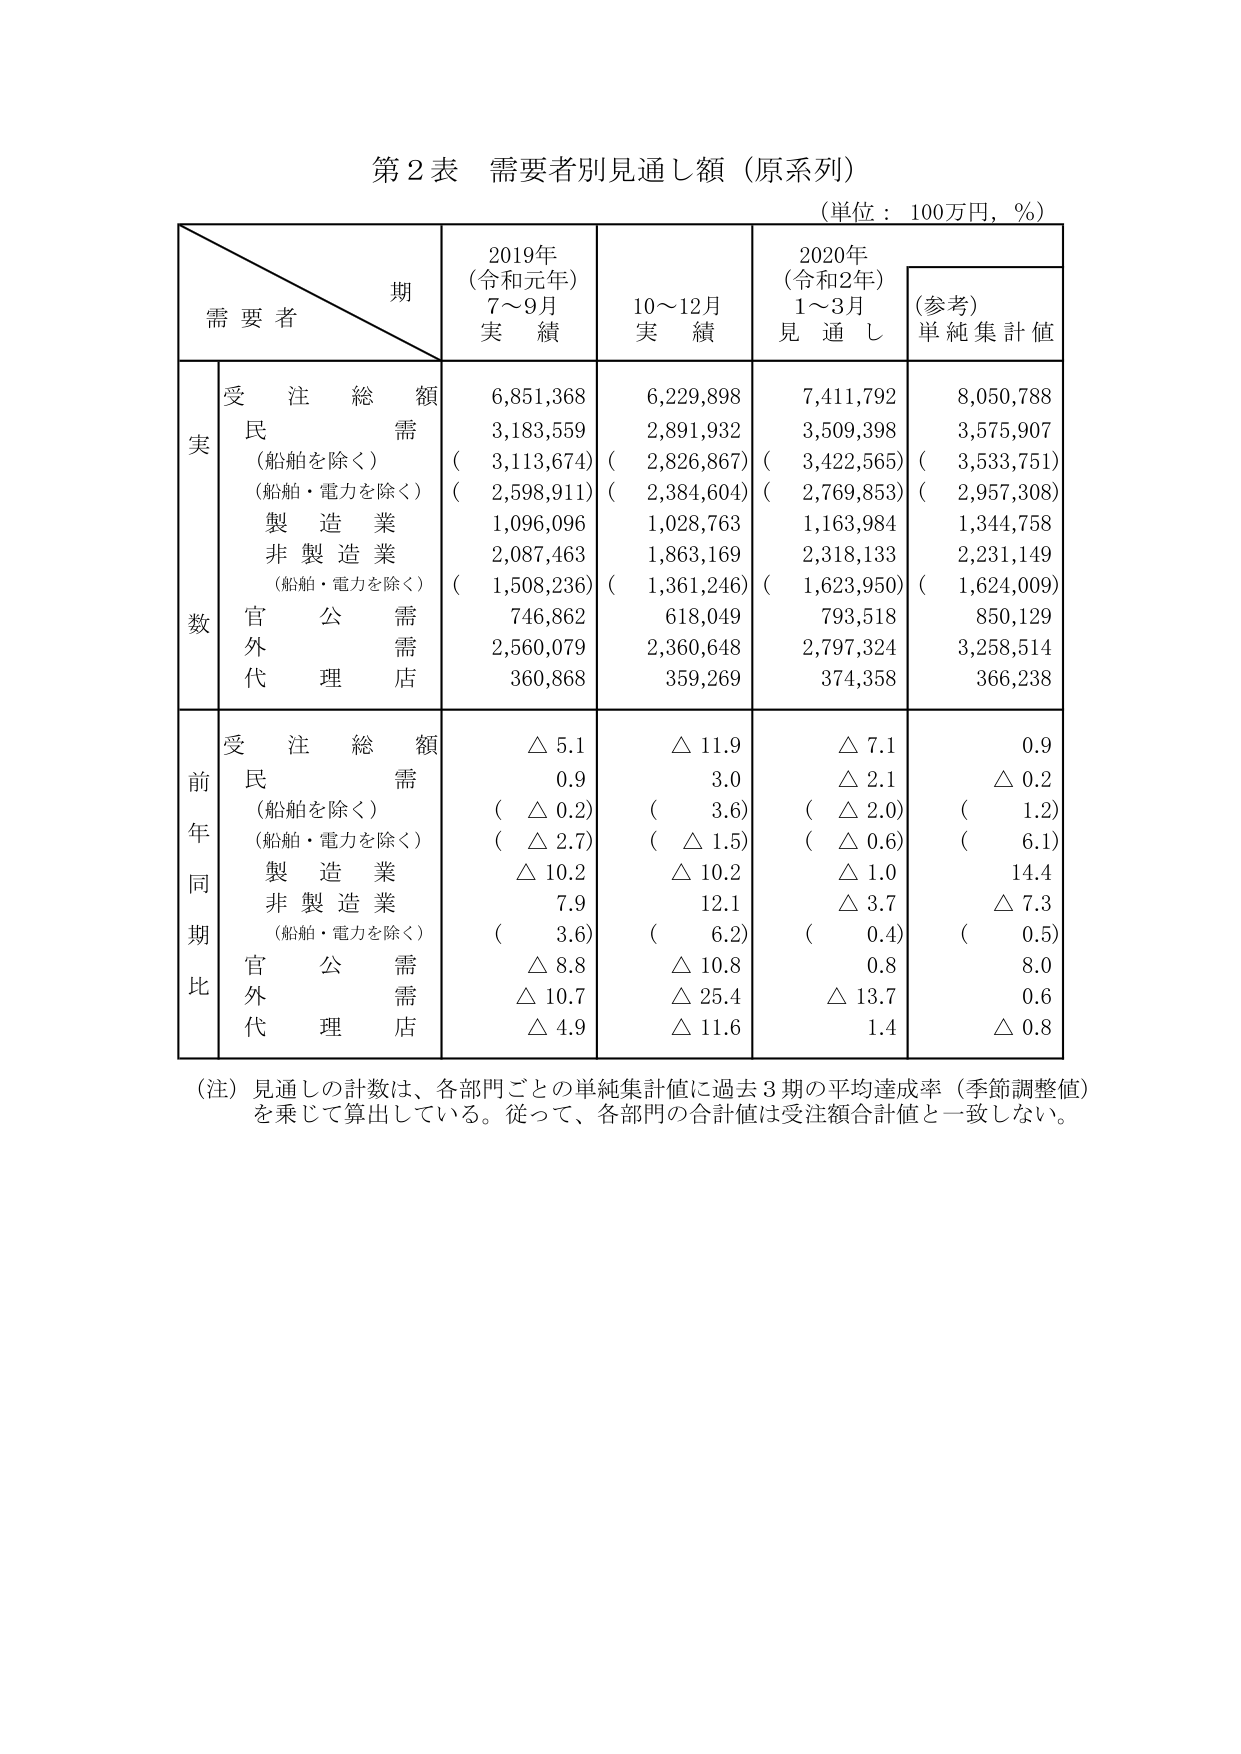
第2表 需要者別見通し額（原系列）
（単位：100万円，％）

期
需要者
2019年
（令和元年）
7～9月
実績
10～12月
実績
2020年
（令和2年）
1～3月
見通し
（参考）
単純集計値

実数
受注総額
6,851,368
6,229,898
7,411,792
8,050,788
民需
3,183,559
2,891,932
3,509,398
3,575,907
（船舶を除く）
（3,113,674）
（2,826,867）
（3,422,565）
（3,533,751）
（船舶・電力を除く）
（2,598,911）
（2,384,604）
（2,769,853）
（2,957,308）
製造業
1,096,096
1,028,763
1,163,984
1,344,758
非製造業
2,087,463
1,863,169
2,318,133
2,231,149
（船舶・電力を除く）
（1,508,236）
（1,361,246）
（1,623,950）
（1,624,009）
官公需
746,862
618,049
793,518
850,129
外需
2,560,079
2,360,648
2,797,324
3,258,514
代理店
360,868
359,269
374,358
366,238

前年同期比
受注総額
△5.1
△11.9
△7.1
0.9
民需
0.9
3.0
△2.1
△0.2
（船舶を除く）
（△0.2）
（3.6）
（△2.0）
（1.2）
（船舶・電力を除く）
（△2.7）
（△1.5）
（△0.6）
（6.1）
製造業
△10.2
△10.2
△1.0
14.4
非製造業
7.9
12.1
△3.7
△7.3
（船舶・電力を除く）
（3.6）
（6.2）
（0.4）
（0.5）
官公需
△8.8
△10.8
0.8
8.0
外需
△10.7
△25.4
△13.7
0.6
代理店
△4.9
△11.6
1.4
△0.8

（注）見通しの計数は、各部門ごとの単純集計値に過去3期の平均達成率（季節調整値）を乗じて算出している。従って、各部門の合計値は受注額合計値と一致しない。